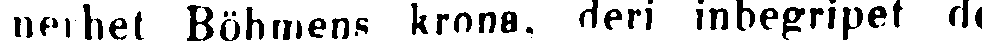
nerhet Böhmens krona, deri inbergripet de